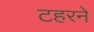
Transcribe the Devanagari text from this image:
टहरने